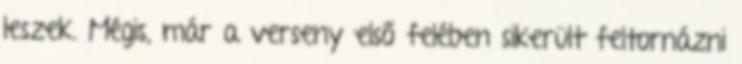
leszek. Mégis, már a verseny első felében sikerült feltornázni